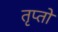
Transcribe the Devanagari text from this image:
तृप्तो